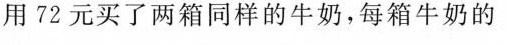
用72元买了两箱同样的牛奶，每箱牛奶的